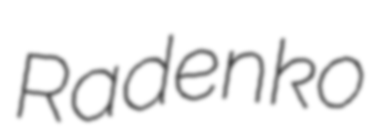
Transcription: Radenko